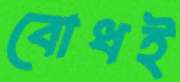
বোধই